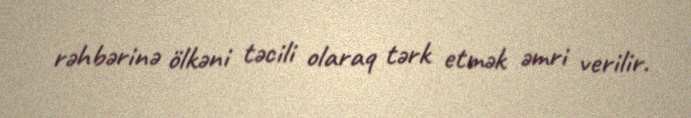
rəhbərinə ölkəni təcili olaraq tərk etmək əmri verilir.